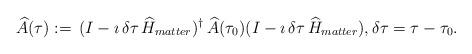
LaTeX: \begin{align*}\widehat{A}(\tau):=\,(I-\imath \,\delta\tau\,\widehat{H}_{matter})^\dag \,\widehat{A}(\tau_0)(I-\imath \,\delta\tau\,\widehat{H}_{matter}),\delta\tau=\tau-\tau_0.\end{align*}